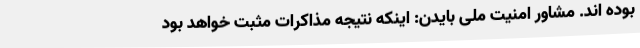
بوده اند. مشاور امنیت ملی بایدن: اینکه نتیجه مذاکرات مثبت خواهد بود